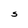
Character: S